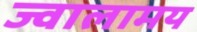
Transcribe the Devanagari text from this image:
ज्वालामय